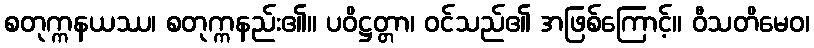
စတုက္ကနယဿ၊ စတုက္ကနည်း၏။ ပဝိဋ္ဌတ္တာ၊ ဝင်သည်၏ အဖြစ်ကြောင့်။ ဝီသတိမေဝ၊